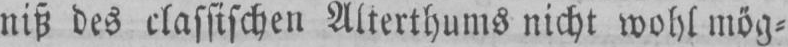
niß des classischen Alterthums nicht wohl mög⸗